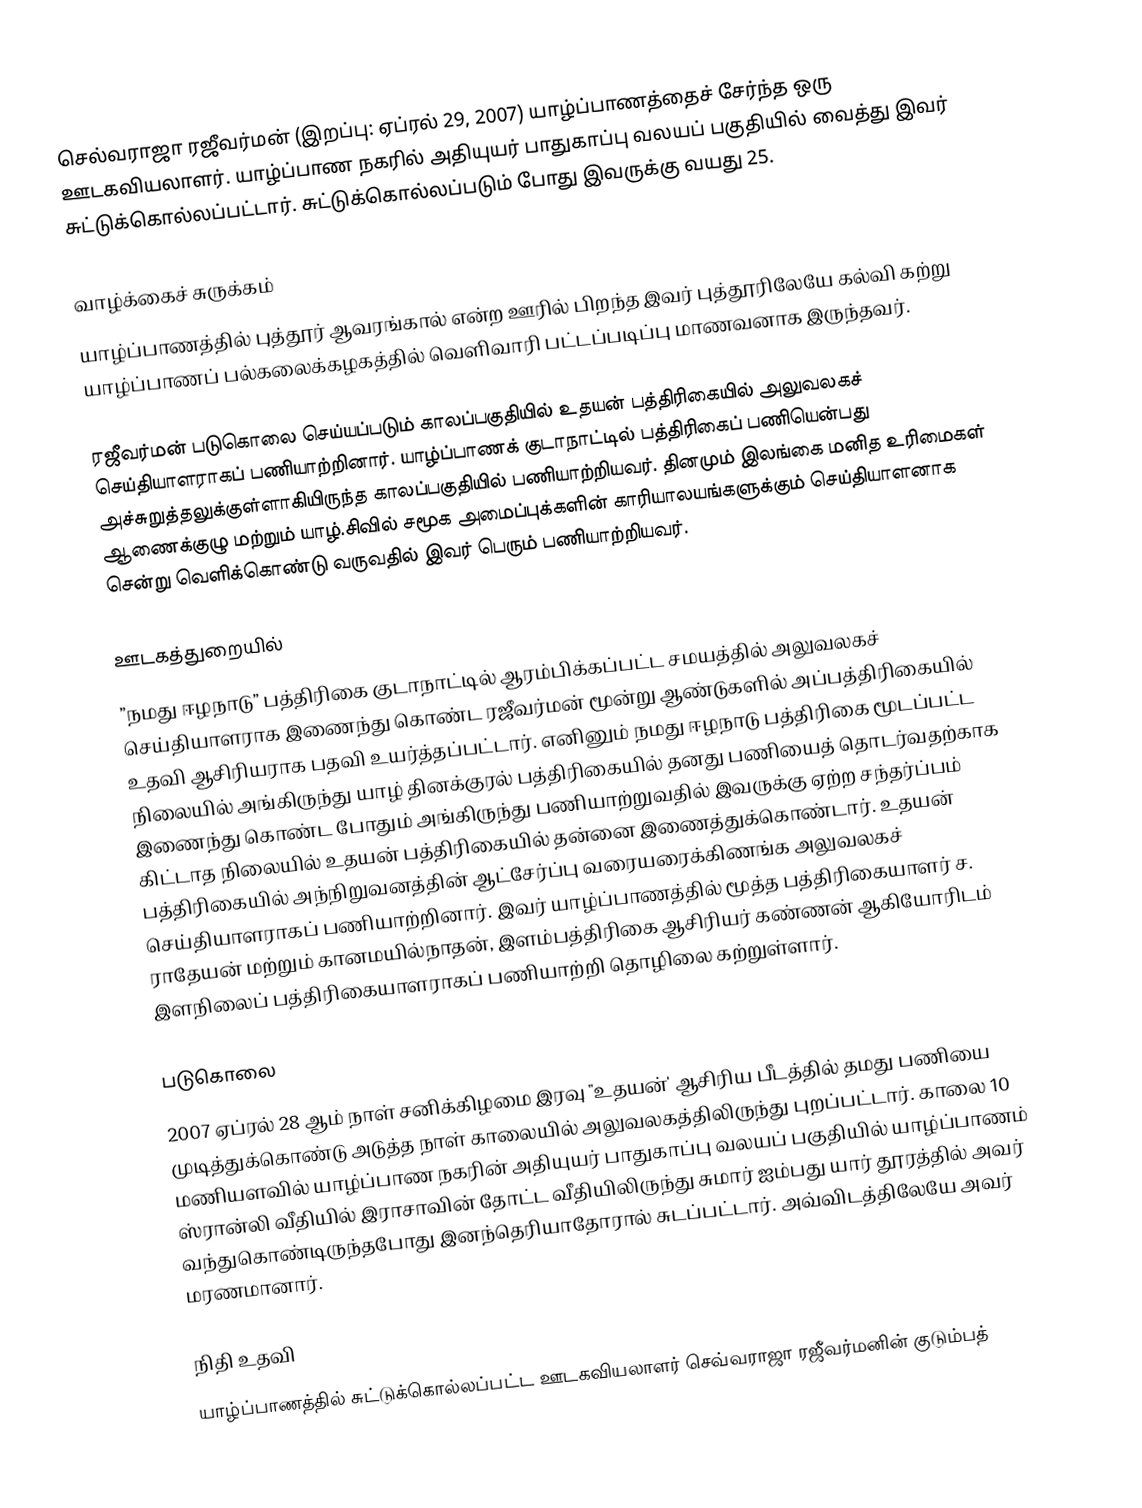
செல்வராஜா ரஜீவர்மன் (இறப்பு: ஏப்ரல் 29, 2007) யாழ்ப்பாணத்தைச் சேர்ந்த ஒரு ஊடகவியலாளர். யாழ்ப்பாண நகரில் அதியுயர் பாதுகாப்பு வலயப் பகுதியில் வைத்து இவர் சுட்டுக்கொல்லப்பட்டார். சுட்டுக்கொல்லப்படும் போது இவருக்கு வயது 25.

வாழ்க்கைச் சுருக்கம்
யாழ்ப்பாணத்தில் புத்தூர் ஆவரங்கால் என்ற ஊரில் பிறந்த இவர் புத்தூரிலேயே கல்வி கற்று யாழ்ப்பாணப் பல்கலைக்கழகத்தில் வெளிவாரி பட்டப்படிப்பு மாணவனாக இருந்தவர்.

ரஜீவர்மன் படுகொலை செய்யப்படும் காலப்பகுதியில் உதயன் பத்திரிகையில் அலுவலகச் செய்தியாளராகப் பணியாற்றினார். யாழ்ப்பாணக் குடாநாட்டில் பத்திரிகைப் பணியென்பது அச்சுறுத்தலுக்குள்ளாகியிருந்த காலப்பகுதியில் பணியாற்றியவர். தினமும் இலங்கை மனித உரிமைகள் ஆணைக்குழு மற்றும் யாழ்.சிவில் சமூக அமைப்புக்களின் காரியாலயங்களுக்கும் செய்தியாளனாக சென்று வெளிக்கொண்டு வருவதில் இவர் பெரும் பணியாற்றியவர்.

ஊடகத்துறையில்
”நமது ஈழநாடு” பத்திரிகை குடாநாட்டில் ஆரம்பிக்கப்பட்ட சமயத்தில் அலுவலகச் செய்தியாளராக இணைந்து கொண்ட ரஜீவர்மன் மூன்று ஆண்டுகளில் அப்பத்திரிகையில் உதவி ஆசிரியராக பதவி உயர்த்தப்பட்டார். எனினும் நமது ஈழநாடு பத்திரிகை மூடப்பட்ட நிலையில் அங்கிருந்து யாழ் தினக்குரல் பத்திரிகையில் தனது பணியைத் தொடர்வதற்காக இணைந்து கொண்ட போதும் அங்கிருந்து பணியாற்றுவதில் இவருக்கு ஏற்ற சந்தர்ப்பம் கிட்டாத நிலையில் உதயன் பத்திரிகையில் தன்னை இணைத்துக்கொண்டார். உதயன் பத்திரிகையில் அந்நிறுவனத்தின் ஆட்சேர்ப்பு வரையரைக்கிணங்க அலுவலகச் செய்தியாளராகப் பணியாற்றினார். இவர் யாழ்ப்பாணத்தில் மூத்த பத்திரிகையாளர் ச. ராதேயன் மற்றும் கானமயில்நாதன், இளம்பத்திரிகை ஆசிரியர் கண்ணன் ஆகியோரிடம் இளநிலைப் பத்திரிகையாளராகப் பணியாற்றி தொழிலை கற்றுள்ளார்.

படுகொலை
2007 ஏப்ரல் 28 ஆம் நாள் சனிக்கிழமை இரவு "உதயன்' ஆசிரிய பீடத்தில் தமது பணியை முடித்துக்கொண்டு அடுத்த நாள் காலையில் அலுவலகத்திலிருந்து புறப்பட்டார். காலை 10 மணியளவில் யாழ்ப்பாண நகரின் அதியுயர் பாதுகாப்பு வலயப் பகுதியில் யாழ்ப்பாணம் ஸ்ரான்லி வீதியில் இராசாவின் தோட்ட வீதியிலிருந்து சுமார் ஐம்பது யார் தூரத்தில் அவர் வந்துகொண்டிருந்தபோது இனந்தெரியாதோரால் சுடப்பட்டார். அவ்விடத்திலேயே அவர் மரணமானார்.

நிதி உதவி
யாழ்ப்பாணத்தில் சுட்டுக்கொல்லப்பட்ட ஊடகவியலாளர் செவ்வராஜா ரஜீவர்மனின் குடும்பத்